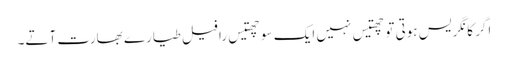
اگر کانگریس ہوتی تو چھتیس نہیں ایک سو چھتیس رافیل طیارے بھارت آتے۔